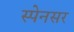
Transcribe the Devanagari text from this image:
स्पेनसर